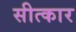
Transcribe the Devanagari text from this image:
सीत्कार